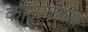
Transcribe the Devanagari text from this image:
काठावरच्या